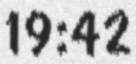
19:42